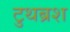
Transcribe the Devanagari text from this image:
टुथब्रश